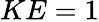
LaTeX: KE=1